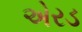
એરડ